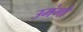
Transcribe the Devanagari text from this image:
उमंगो